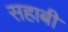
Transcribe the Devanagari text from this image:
सहाबी